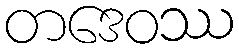
တဒေဝဿ